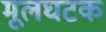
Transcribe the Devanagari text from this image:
मूलघटक